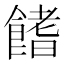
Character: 𩝙